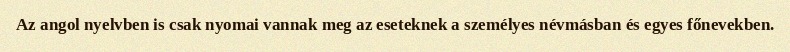
Az angol nyelvben is csak nyomai vannak meg az eseteknek a személyes névmásban és egyes főnevekben.